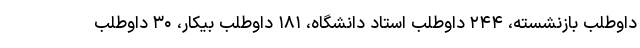
داوطلب بازنشسته، ۲۴۴ داوطلب استاد دانشگاه، ۱۸۱ داوطلب بیکار، ۳۰ داوطلب